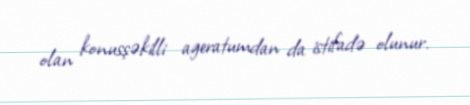
olan konusşəkilli ageratumdan da istifadə olunur.